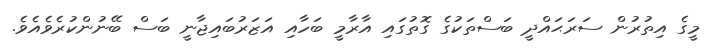
މީގެ އިތުރުން ސަރަޙައްދީ ބަސްތަކުގެ ގޮތުގައި އާރާމީ ބަހާއި އަޒަރުބައިޖާނީ ބަސް ބޭނުންކުރެވެއެވެ.